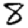
Digit: 8